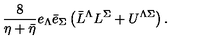
\frac { 8 } { \eta + \bar { \eta } } e _ { \Lambda } \bar { e } _ { \Sigma } \left( \bar { L } ^ { \Lambda } L ^ { \Sigma } + U ^ { \Lambda \Sigma } \right) .